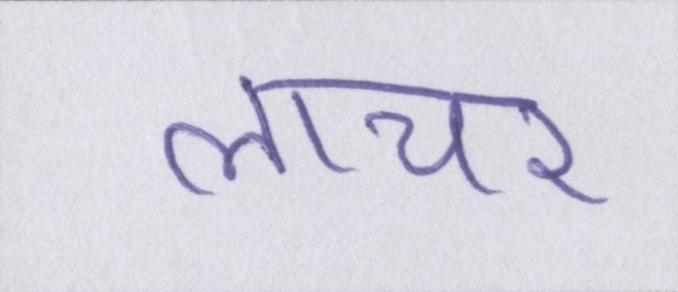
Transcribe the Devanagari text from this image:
लाचर